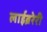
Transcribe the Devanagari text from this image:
लाईब्ररेरी